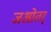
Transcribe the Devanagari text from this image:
जओतर्